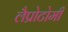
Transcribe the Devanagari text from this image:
लैप्रोटोमी